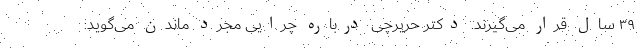
۳۹ سال قرار می‌گیرند. دکتر حریرچی درباره چرایی مجرد ماندن می‌گوید: